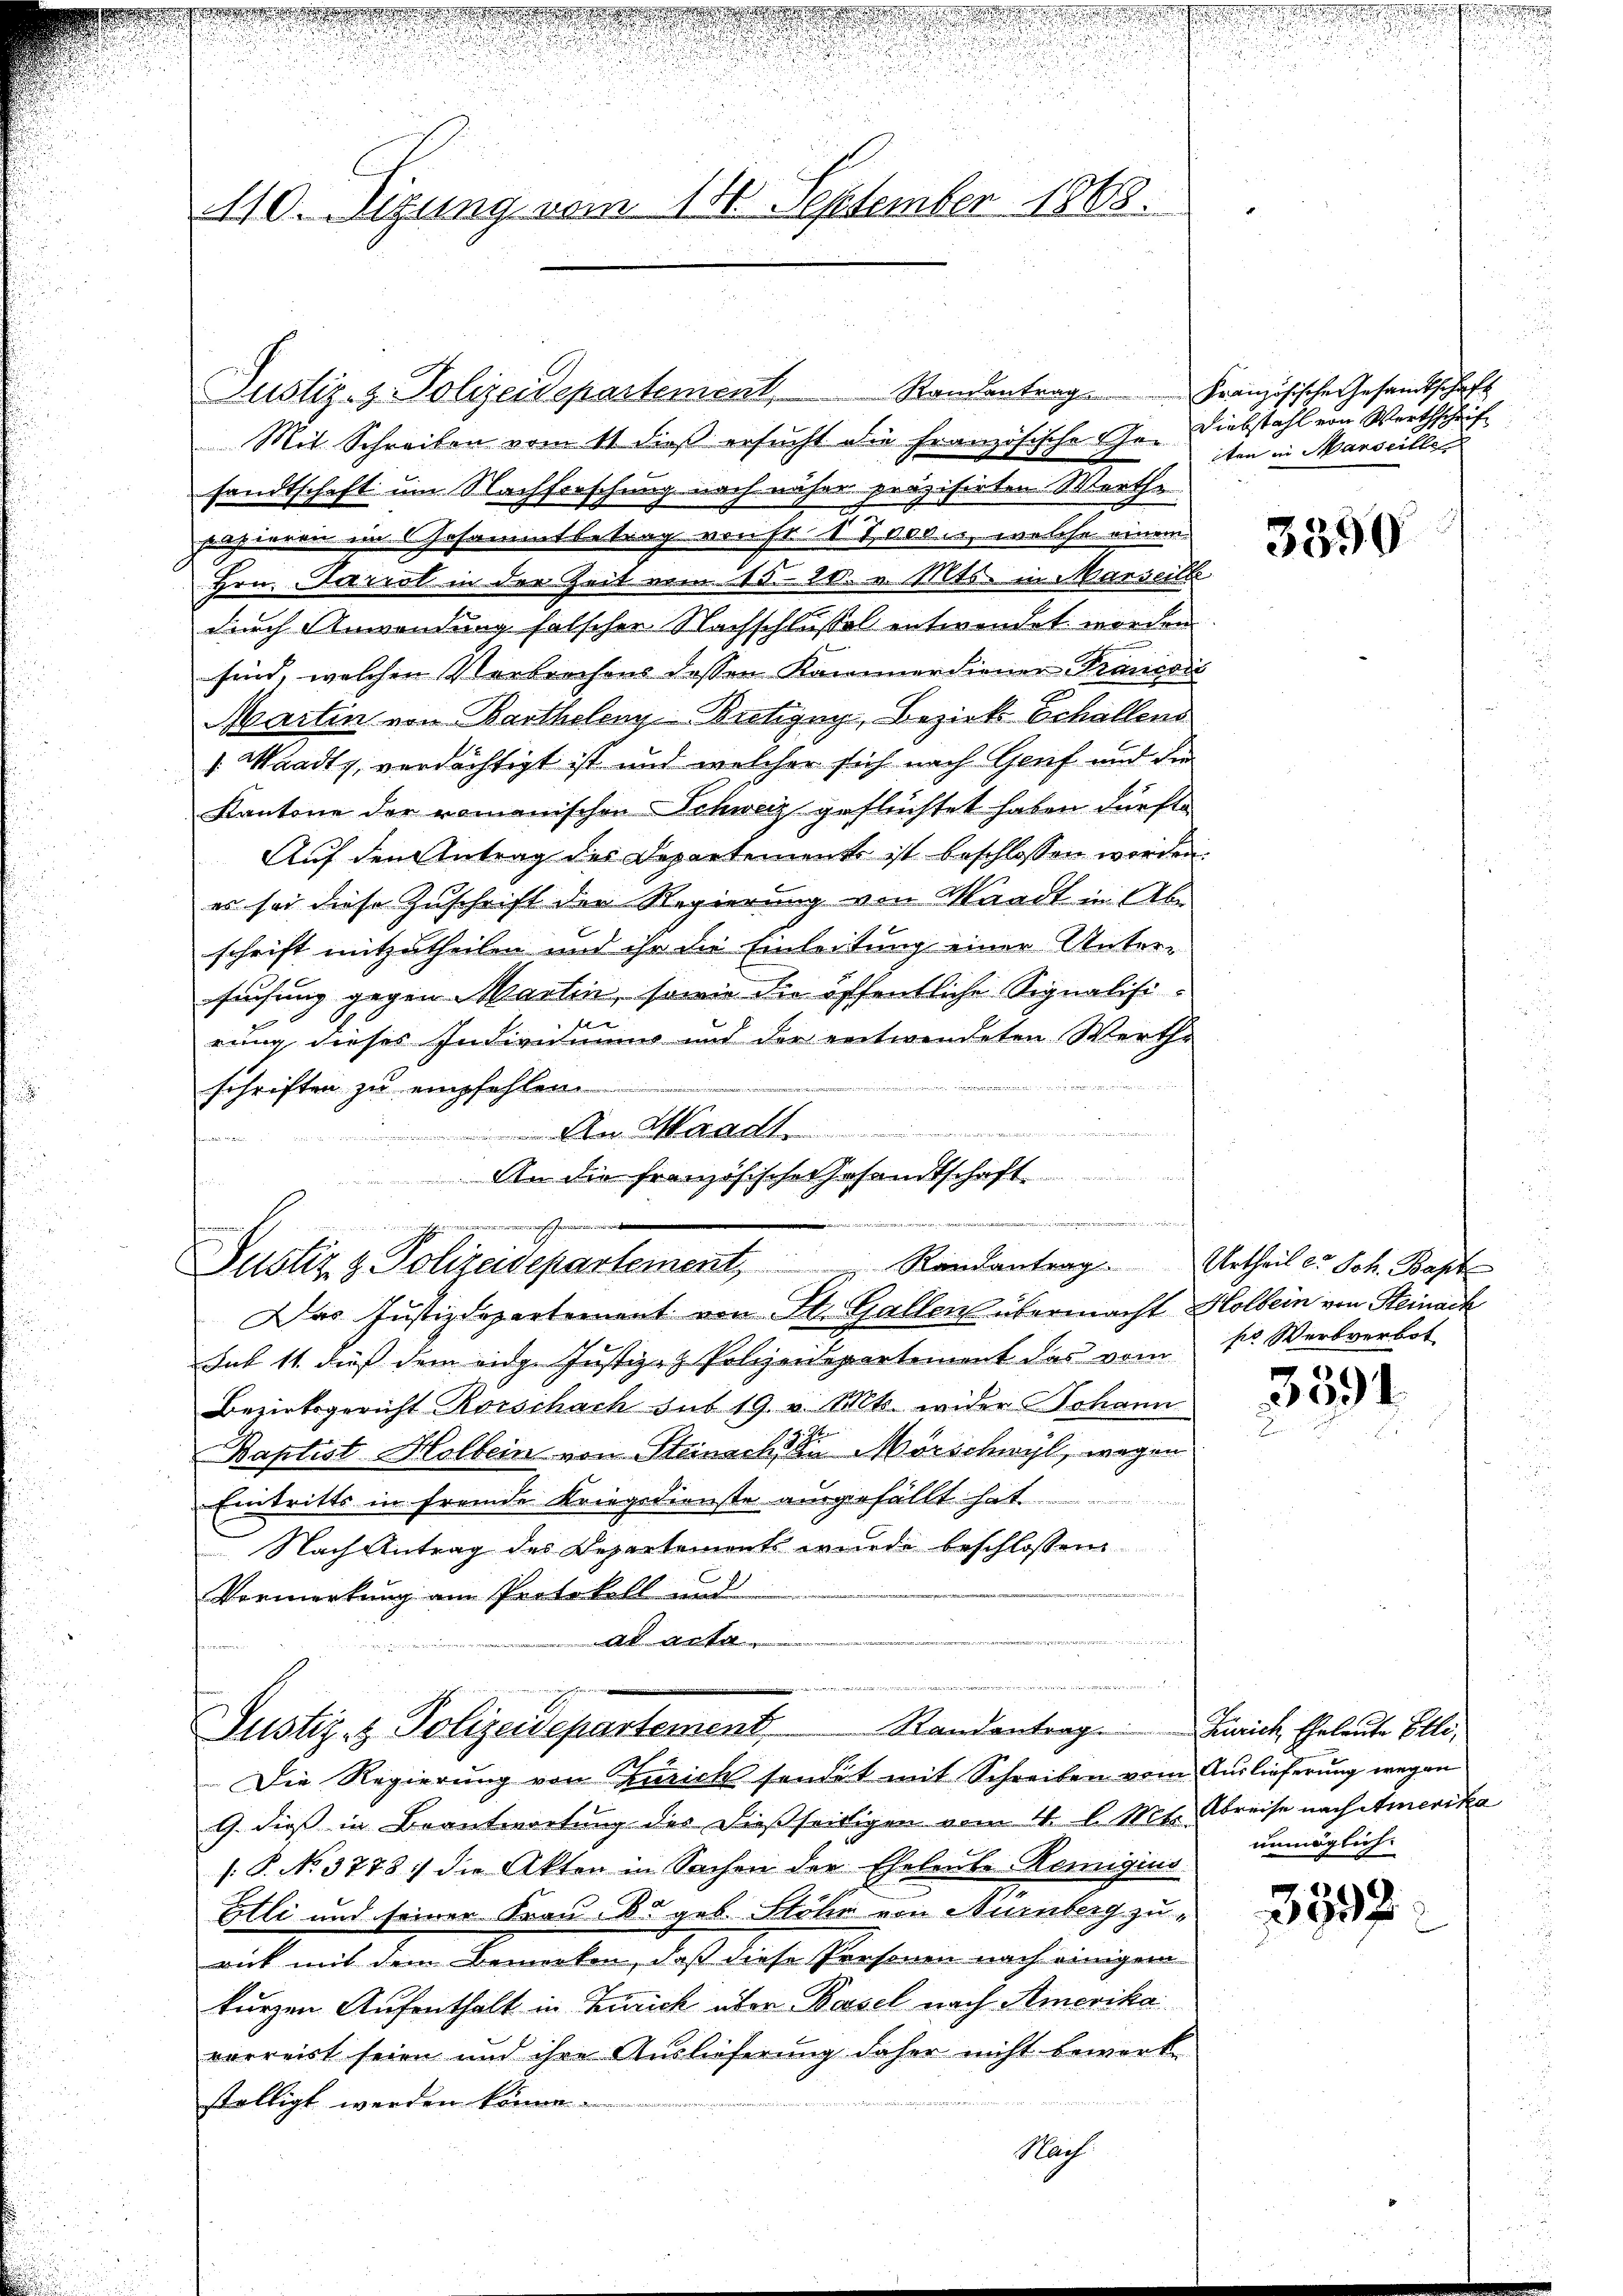
n
110. Sizung vom 14. September 1868.

Justiz- & Polizeidepartement, Randentrag Französische Gesandtschaft
Mit Schreiben vom 11. dieß ersucht die Französische Gesandtschaft um Nachforschung nach näher präzisirten Werthe
f
papieren in Gesammtbetrag ernst. 1 Tieden, welche einem
Hrn. Parist in der Zeit vom 15. 20. v. Mts. in Marseill
durch Anwendung falscher Nachschlussel entwendet worden
sind, welchen Verbrechens dessen Kammerdiener Francoić
Marten von Bartholenz-Butigny, Bezirk Echallend
". Waadt, verdächtigt ist und welcher sich nach Genf und die
Kantone der romanischen Schweiz geflüchtet haben dürfte
Auf den Antrag des Departement ist beschlossen werden.
es sei diese Zuschrift der Regierung von Waadt in Abe
schrift mitzutheilen und ihr die Einleitung einer Untersuchung gegen Martin, sowie die öffentliche Signalisif
rung dieses Individuums und der entwendeten Werthe

e
schriften zu empfehlen
a
kennen
 An die französische Gesandtschaft

Ferien
.
Justiz & Polizeidepartement, " Randantrag. Urtheil c. Joh. Bapt
Das Justizdepartement von St. Gallen übermacht Holbein von Steinach

u
erwieser
Randantrag Zürich Eheleute Elli,
Justiz- & Polizeidepartement.
Die Regierung von Zürich sendet mit Schreiben vom Auslieferung wegen

Diebstahl von Werthschrift
ten in Marseille

sub 11. dieß dem eidg. Justiz- & Polizeidepartement das vom k. Wertverbot
Bezirksgericht Rorschach sub 19. v. Mts. wider Johann
Baptist Holbein von Steinach die Mörschwyl, wegen
Eintritts in fremde Kriegsdienste ausgefällt hat
Nach Antrag des Departemonts wurde beschlossen
i
Vormerkung am Protokoll und

ad acta

9. dieß in Beantwortung des dießseitigen vom 4. l. Mts., Abreise nach Amerika
/: P. No. 3778:/ die Akten in Sachen der Eheleute Remigius
Elli und seiner Frau. B. geb. Stöhn von Nürnberg zurick mit dem Bemerken, daß diese Personen nach einigem
kurzen Aufenthalt in Zürich über Basel nach Amerika
verreist seien und ihre Auslieferung daher nicht bewerk
ställigt werden könne.
Nach

3390

3591.

unmöglich

3592.